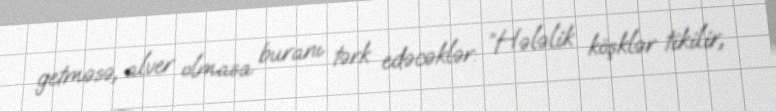
getməsə, alver olmasa buranı tərk edəcəklər: “Hələlik köşklər tikilir,